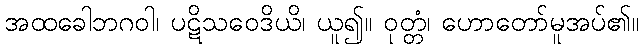
အထခေါဘဂဝါ၊ ပဋိသဝေဒိယိ၊ ယူ၍။ ဝုတ္တံ၊ ဟောတော်မူအပ်၏။